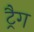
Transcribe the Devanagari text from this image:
ट्रैग